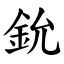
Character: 鈗